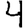
Digit: 4